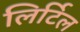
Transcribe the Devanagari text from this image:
लिर्टिल